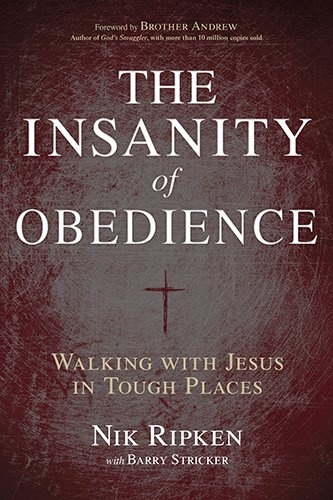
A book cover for The Insanity of Obedience: Walking with Jesus in Tough Places; Nik Ripken; Christian Books & Bibles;